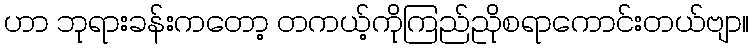
ဟာ ဘုရားခန်းကတော့ တကယ့်ကိုကြည်ညိုစရာကောင်းတယ်ဗျာ။